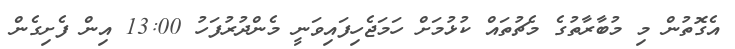
އެގޮތުން މި މުބާރާތުގެ މެޗުތައް ކުޅުމަށް ހަމަޖެހިފައިވަނީ މެންދުރުފަހު 13:00 އިން ފެށިގެން